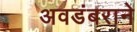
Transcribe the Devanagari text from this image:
अवडंबराने